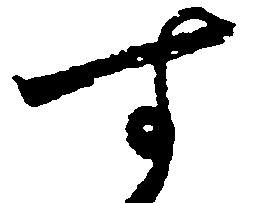
す